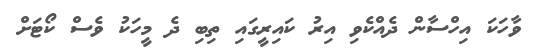
ވާހަކަ އިހްސާން ދެއްކެވި އިރު ކައިރީގައި ތިބި ދެ މީހަކު ވެސް ކޯޓަށް